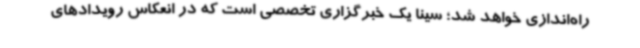
راه‌اندازی خواهد شد؛ سینا یک خبرگزاری تخصصی است که در انعکاس رویدادهای